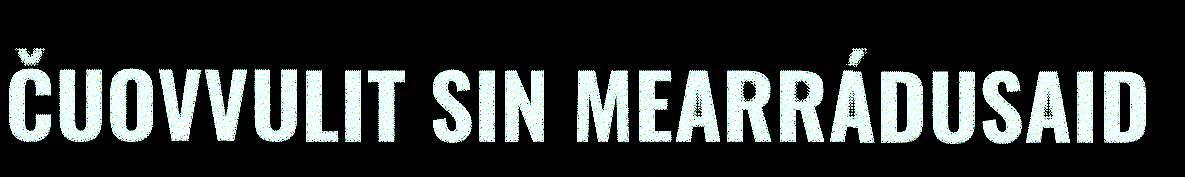
ČUOVVULIT SIN MEARRÁDUSAID